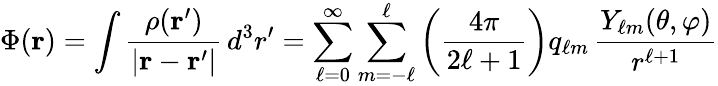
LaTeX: \Phi(\mathbf{r})=\int{\frac{\rho(\mathbf{r^{\prime}})}{|\mathbf{r}-\mathbf{r^{\prime}}|}}\, d^{3}r^{\prime}=\sum_{\ell=0}^{\infty}\sum_{m=-\ell}^{\ell}\left({\frac{4\pi}{2\ell+1}}\right)q_{\ell m}\, {\frac{Y_{\ell m}(\theta,\varphi)}{r^{\ell+1}}}